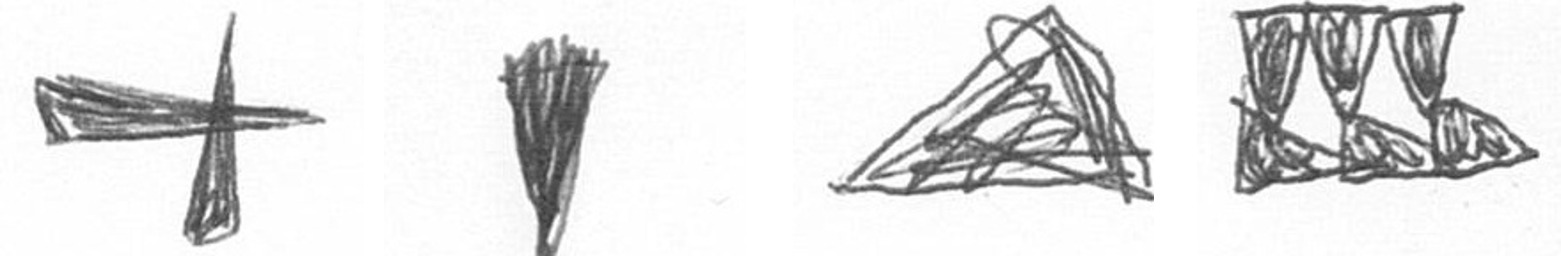
G J O D